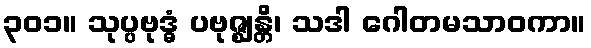
၃၀၁။ သုပ္ပဗုဒ္ဓံ ပဗုဇ္ဈန္တိ၊ သဒါ ဂေါတမသာဝကာ။